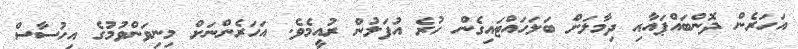
އަހަރެން ދޮންބައްޕައާއި ދިމާލަށް ބަލަހައްޓައިގެން ހުރެ އުފަލުން ރުއީމެވެ. އަހަރެންނަށް މިނިވަންވުމުގެ އިހުސާސް